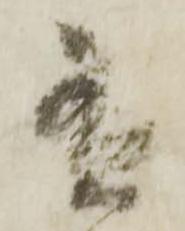
有